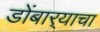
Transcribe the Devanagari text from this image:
डोंबार्‍याचा